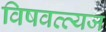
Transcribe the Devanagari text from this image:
विषवत्त्यज